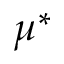
\mu ^ { * }